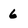
Character: 6